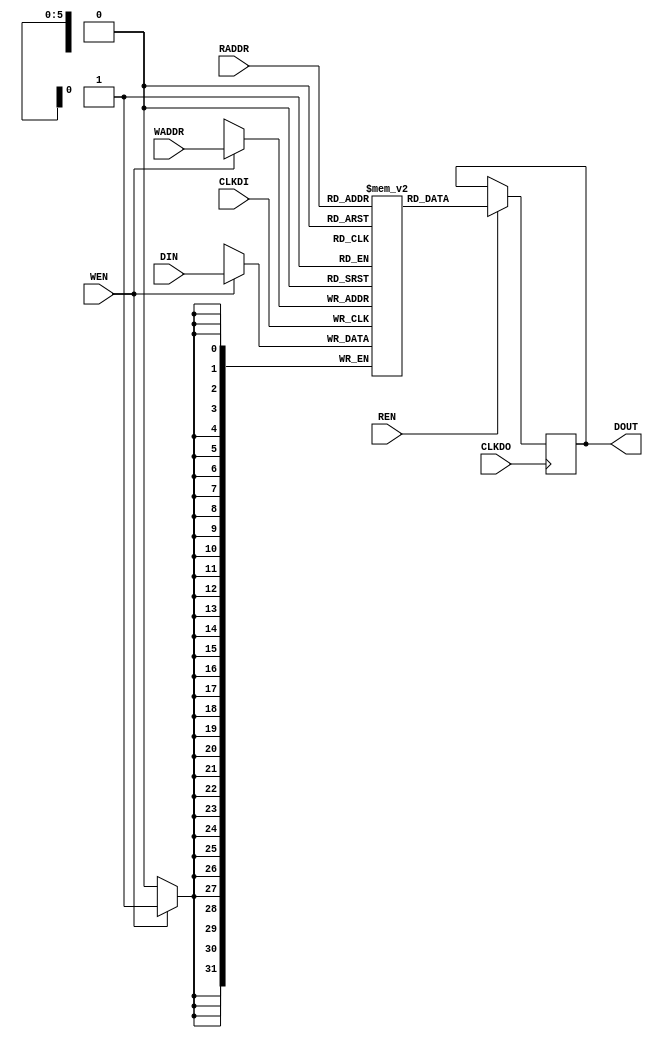
module pseudo_sram
 #( parameter BW = 32
  , parameter AW =  6
  , parameter WC = 64 ) (
 input               CLKDI,
 input               WEN,
 input      [AW-1:0] WADDR,
 input      [BW-1:0] DIN,

 input               CLKDO,
 input               REN,
 input      [AW-1:0] RADDR,
 output reg [BW-1:0] DOUT
);

reg [BW-1:0] mem [0:WC-1];

always @(posedge CLKDI) if (WEN) mem[WADDR] <= DIN;
always @(posedge CLKDO) if (REN) DOUT <= mem[RADDR];

endmodule